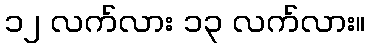
၁၂ လက်လား ၁၃ လက်လား။